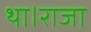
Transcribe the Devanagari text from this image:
था।राजा